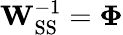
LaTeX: \mathbf{W}_{\mathrm{SS}}^{-1}=\mathbf{\Phi}